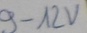
Text: 9-12V